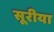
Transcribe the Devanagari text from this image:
सूरीया